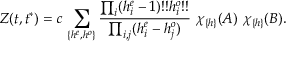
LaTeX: Z ( t , t ^ { * } ) = c \, \sum _ { \{ h ^ { e } , h ^ { o } \} } { \frac { \prod _ { i } ( h _ { i } ^ { e } - 1 ) ! ! h _ { i } ^ { o } ! ! } { \prod _ { i , j } ( h _ { i } ^ { e } - h _ { j } ^ { o } ) } } ~ \chi _ { \{ h \} } ( A ) ~ \chi _ { \{ h \} } ( B ) .